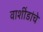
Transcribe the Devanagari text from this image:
वाशींडांचे